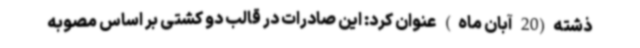
ذشته(20 آبان ماه) عنوان کرد: این صادرات در قالب دو کشتی بر اساس مصوبه